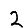
Digit: 2